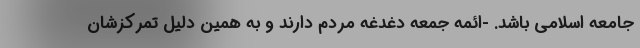
جامعه اسلامی باشد. -ائمه جمعه دغدغه مردم دارند و به همین دلیل تمرکزشان